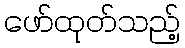
ဖော်ထုတ်သည့်